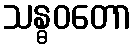
သန္ဓဝတော